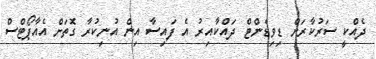
ދެއްކީ ސަރުކާރަށް ޑިވިޑެންޓް ދައްކާއިރު އެ ފައިސާ އިން އުނިކުރާ ގޮތަށް އެއާޕޯޓްސް